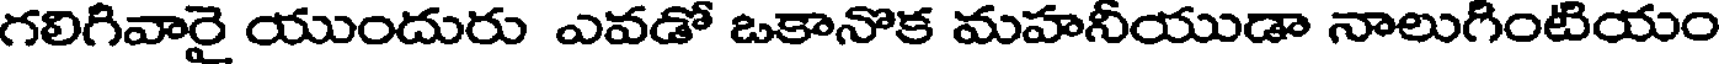
గలిగివారై యుందురు ఎవడో ఒకానొక మహనీయుడా నాలుగింటియం